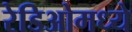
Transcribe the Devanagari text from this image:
रेडिओमध्ये